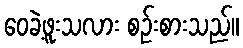
ဝေခဲ့ဖူးသလား စဉ်းစားသည်။